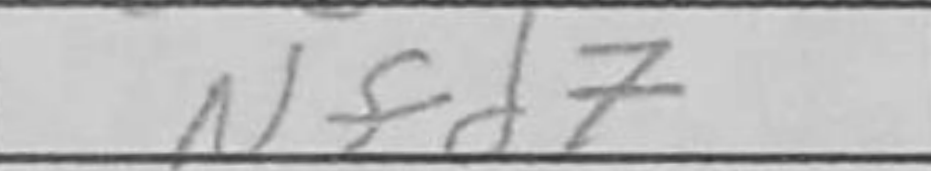
Transcription: Nfd7